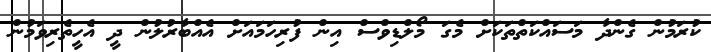
ކުރަމުން ގެންދާ މަސައްކަތްތަކަށް މެގަ މޯލްޑިވްސް އިން ފުރިހަމައަށް އެއްބާރުލުން ދީ އެހީތެރިވަމުން